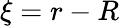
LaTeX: \xi=r-R